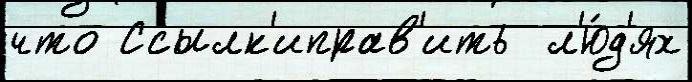
что Ссылк'иправ'ить  л'ю́д'ях